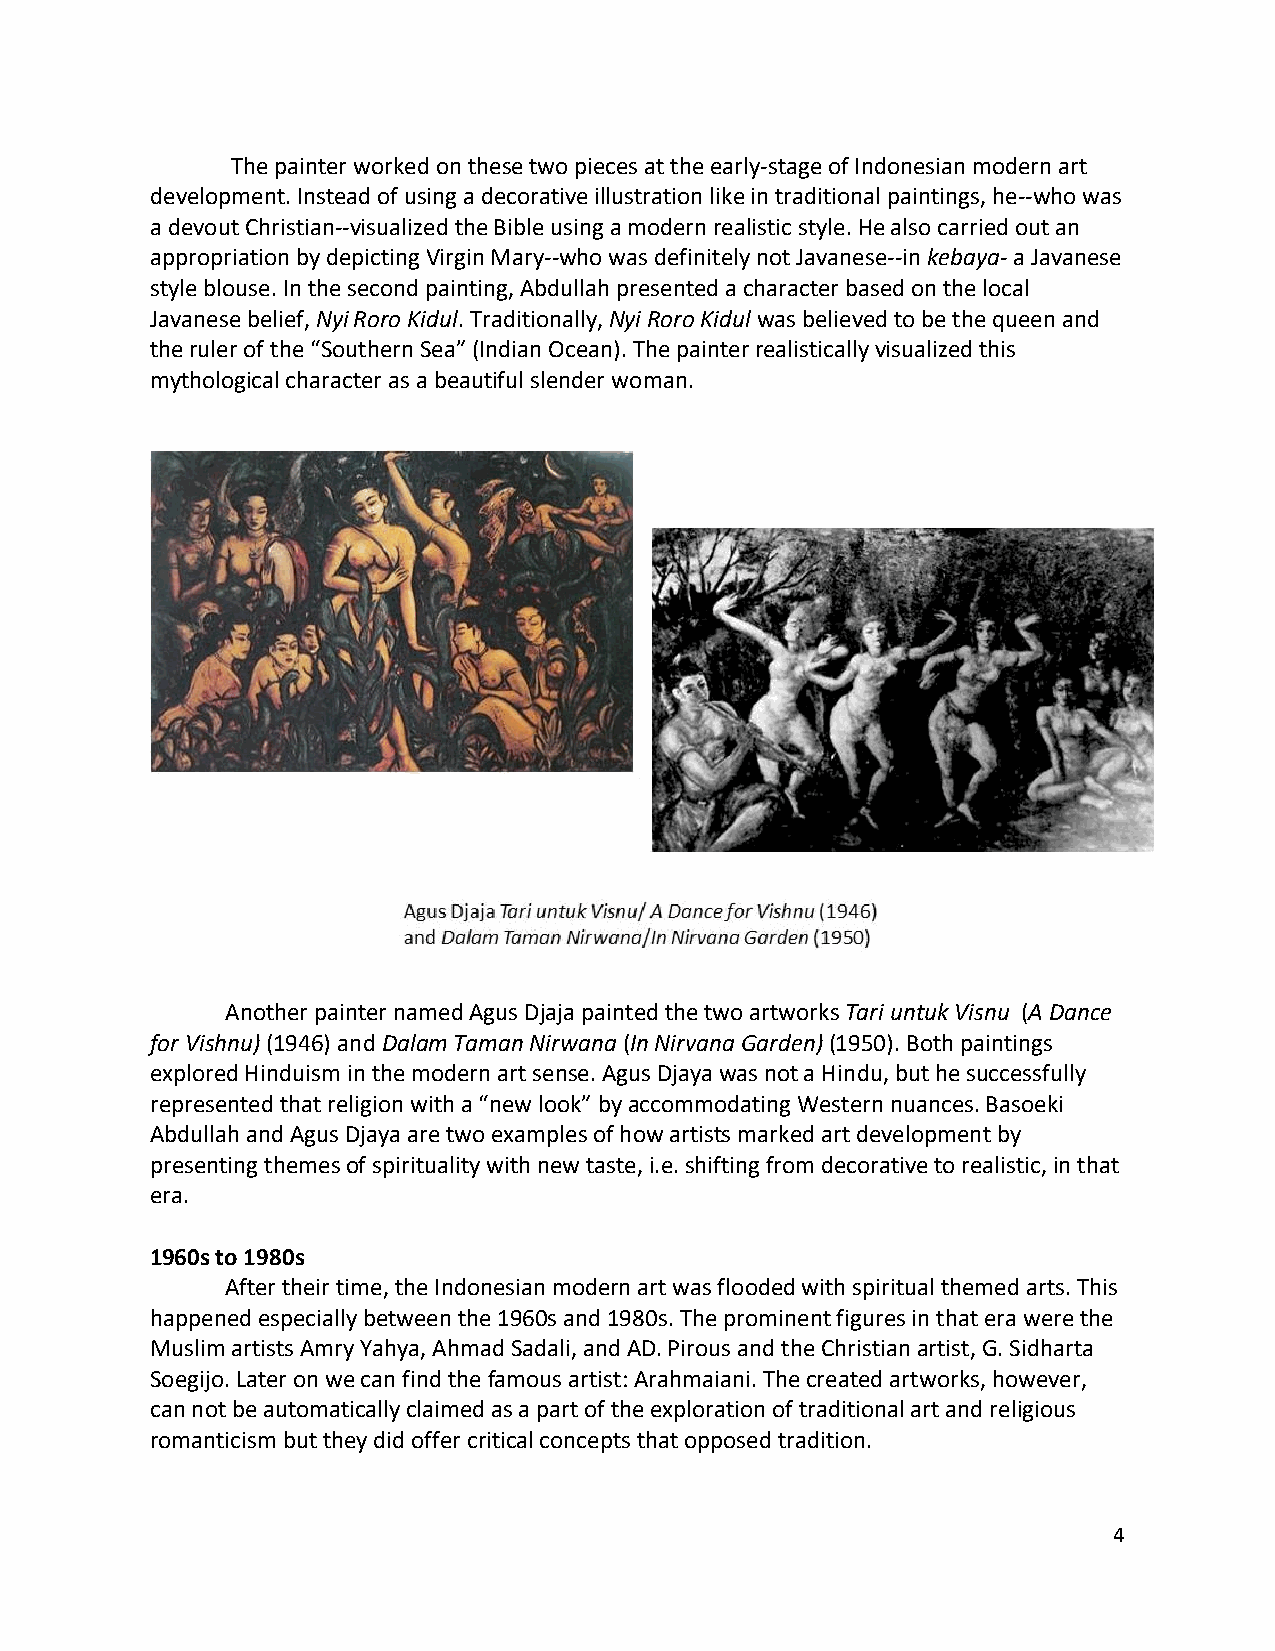
The painter worked on these two pieces at the early-stage of Indonesian modern art
 development. Instead of using a decorative illustration like in traditional paintings, he--who was
 a devout Christian--visualized the Bible using a modern realistic style. He also carried out an
 appropriation by depicting Virgin Mary--who was definitely not Javanese--in kebaya- a Javanese
 style blouse. In the second painting, Abdullah presented a character based on the local
 Javanese belief, Nyi Roro Kidul. Traditionally, Nyi Roro Kidul was believed to be the queen and
 the ruler of the “Southern Sea” (Indian Ocean). The painter realistically visualized this
 mythological character as a beautiful slender woman.
 Another painter named Agus Djaja painted the two artworks Tari untuk Visnu (A Dance
 for Vishnu) (1946) and Dalam Taman Nirwana (In Nirvana Garden) (1950). Both paintings
 explored Hinduism in the modern art sense. Agus Djaya was not a Hindu, but he successfully
 represented that religion with a “new look” by accommodating Western nuances. Basoeki
 Abdullah and Agus Djaya are two examples of how artists marked art development by
 presenting themes of spirituality with new taste, i.e. shifting from decorative to realistic, in that
 era.
 1960s to 1980s
 After their time, the Indonesian modern art was flooded with spiritual themed arts. This
 happened especially between the 1960s and 1980s. The prominent figures in that era were the
 Muslim artists Amry Yahya, Ahmad Sadali, and AD. Pirous and the Christian artist, G. Sidharta
 Soegijo. Later on we can find the famous artist: Arahmaiani. The created artworks, however,
 can not be automatically claimed as a part of the exploration of traditional art and religious
 romanticism but they did offer critical concepts that opposed tradition.
 4